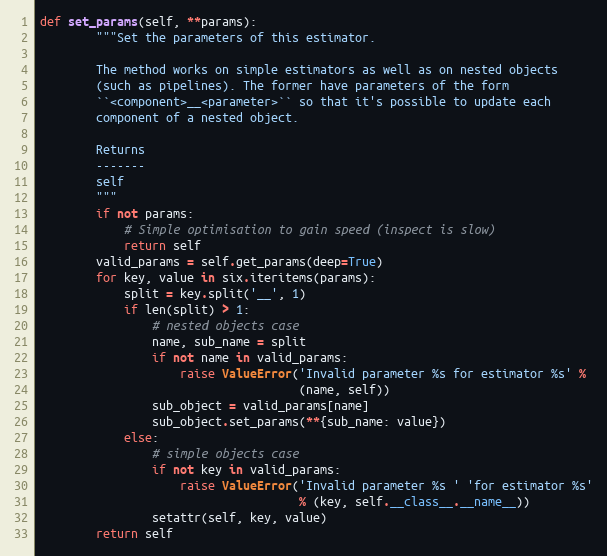
Language: Python
def set_params(self, **params):
        """Set the parameters of this estimator.

        The method works on simple estimators as well as on nested objects
        (such as pipelines). The former have parameters of the form
        ``<component>__<parameter>`` so that it's possible to update each
        component of a nested object.

        Returns
        -------
        self
        """
        if not params:
            # Simple optimisation to gain speed (inspect is slow)
            return self
        valid_params = self.get_params(deep=True)
        for key, value in six.iteritems(params):
            split = key.split('__', 1)
            if len(split) > 1:
                # nested objects case
                name, sub_name = split
                if not name in valid_params:
                    raise ValueError('Invalid parameter %s for estimator %s' %
                                     (name, self))
                sub_object = valid_params[name]
                sub_object.set_params(**{sub_name: value})
            else:
                # simple objects case
                if not key in valid_params:
                    raise ValueError('Invalid parameter %s ' 'for estimator %s'
                                     % (key, self.__class__.__name__))
                setattr(self, key, value)
        return self